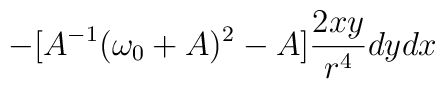
-[A^{-1}(\omega_{0}+A)^{2}-A]\frac{2xy}{r^{4}}dydx